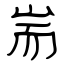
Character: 耑